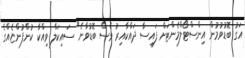
އަގު ބޮޑުވުމުން އިންސްޓޯލްމެންޓަށް ފައިސާ ދައްކާއިރު ވެސް ބޮޑުވާނެ" ސައިކަލް ވިއްކާ ކުންފުންޏެއްގެ